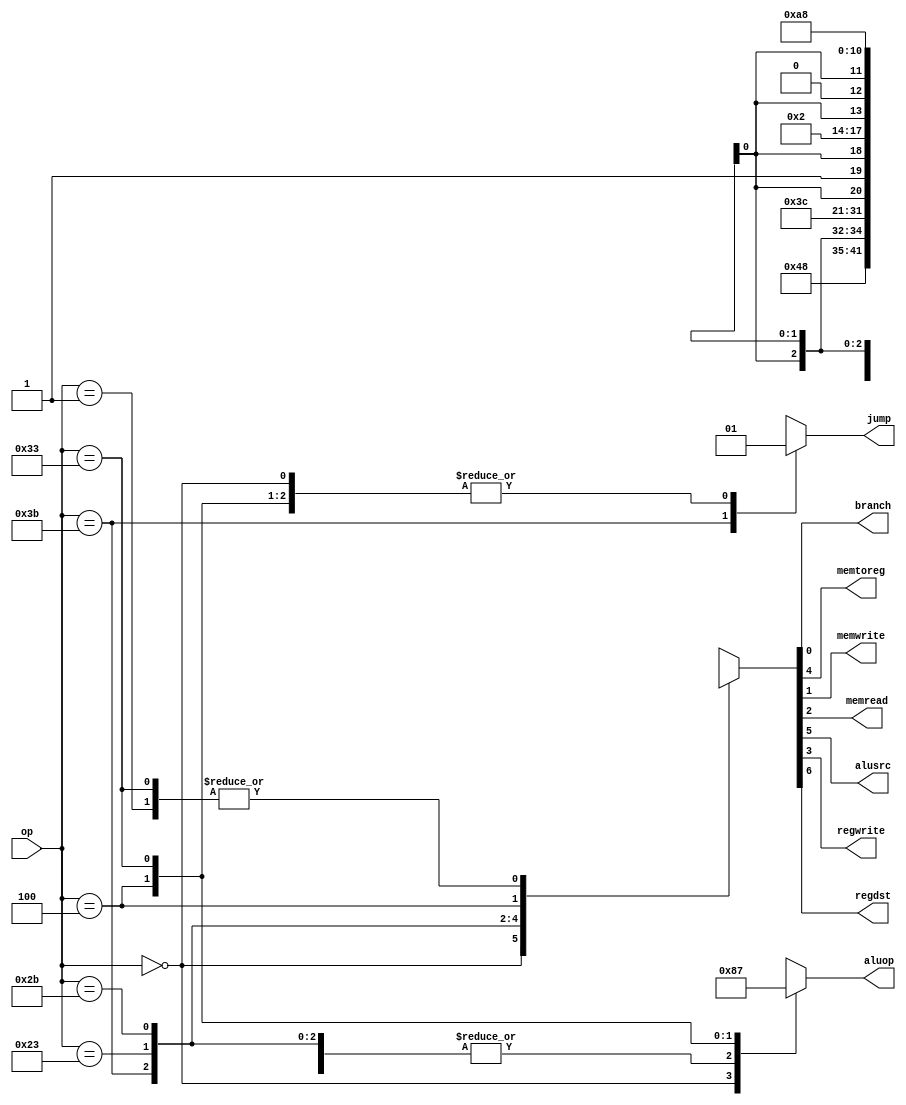
module control_unit(jump,branch,memtoreg,memwrite,memread,aluop,alusrc,regwrite,regdst,op);
	output jump,branch,memtoreg,memwrite,memread,alusrc,regwrite,regdst;
	output [1:0]aluop;
	reg jump,branch,memtoreg,memwrite,memread,alusrc,regwrite,regdst;
	reg [1:0]aluop;
	input [5:0] op;
	parameter R=6'b000000,
		  lw=6'b100011,
		  sw=6'b101011,
		  beg=6'b000100,
		  sll=6'b110011,
		  j=6'b111011,
		  addi=6'b000001;
	always@(op)
	begin
	 casex(op)
	 R:begin
		{regdst,alusrc,memtoreg,regwrite,memread,memwrite,branch}<=7'b1001000;
		aluop<=2'b10;
		jump<=1'b1;
	  end
	 addi:begin{regdst,alusrc,memtoreg,regwrite,memread,memwrite,branch}<=7'b0101000;aluop<=2'b00;jump<=1'b1;end
	 j:begin{regdst,alusrc,memtoreg,regwrite,memread,memwrite,branch}<=7'bxxx0000;aluop<=2'b00;jump<=1'b0;end
	 lw:begin{regdst,alusrc,memtoreg,regwrite,memread,memwrite,branch}<=7'b0111100;aluop<=2'b00;jump<=1'b1;end
	 sw:begin{regdst,alusrc,memtoreg,regwrite,memread,memwrite,branch}<=7'bx1x0010;aluop<=2'b00;jump<=1'b1;end
	 beg:begin{regdst,alusrc,memtoreg,regwrite,memread,memwrite,branch}<=7'bx0x0001;aluop<=2'b01;jump<=1'b1;end
	 sll:begin{regdst,alusrc,memtoreg,regwrite,memread,memwrite,branch}<=7'b0101000;aluop<=2'b11;jump<=1'b1;end
	 default:begin{regdst,alusrc,memtoreg,regwrite,memread,memwrite,branch}<=7'bxxxxxxx;aluop<=2'bxx;jump<=1'bx;end
	 endcase
	end
endmodule